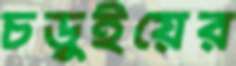
চড়ুইয়ের